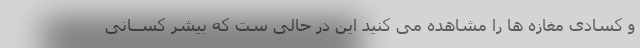
و کسادی مغازه ها را مشاهده می کنید این در حالی ست که بیشر کســانى